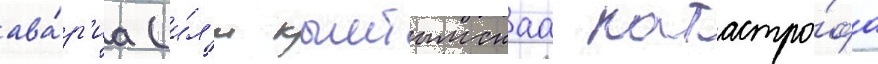
ава́р'иа (и́л'и кыштымскаа катастро́фа